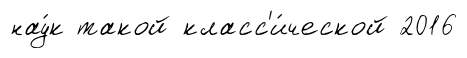
нау́к такой класс'и́ческой 2016